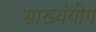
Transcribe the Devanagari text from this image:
साख्यंयोग